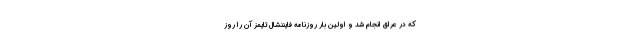
که در عراق انجام شد و اولین بار روزنامه فایننشال تایمز آن را روز